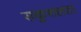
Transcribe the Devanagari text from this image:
सकुशलता